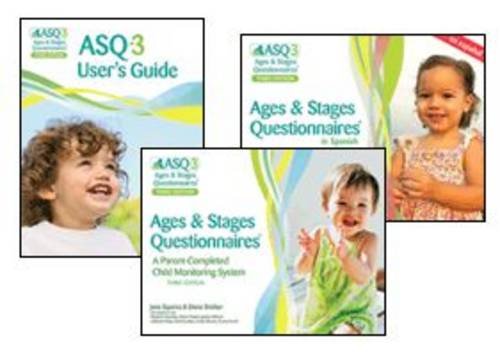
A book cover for ASQ-3Ã´ Starter Kit; Jane Squires Ph.D.; Medical Books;